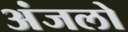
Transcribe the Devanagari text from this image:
अंजलो